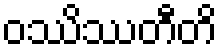
ဝဿိဿတီတိ